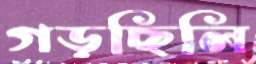
গড়ছিলি